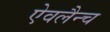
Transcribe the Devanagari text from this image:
ऐवलैन्च